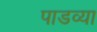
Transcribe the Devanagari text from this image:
पाडव्या